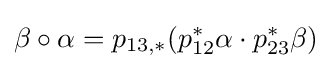
\beta \circ \alpha =p_{{13},*}(p_{12}^{*}\alpha \cdot p_{23}^{*}\beta )